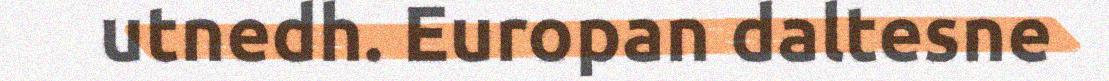
utnedh. Europan daltesne